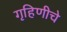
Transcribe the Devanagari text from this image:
गृहिणीचे